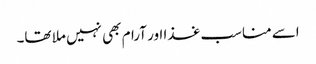
اسے مناسب غذا اور آرام بھی نہیں ملا تھا۔